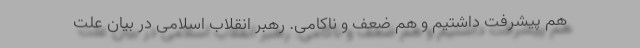
هم پیشرفت داشتیم و هم ضعف و ناکامی. رهبر انقلاب اسلامی در بیان علت